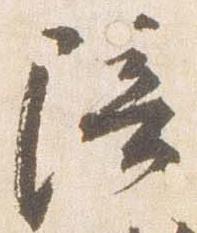
陪